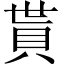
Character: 貰